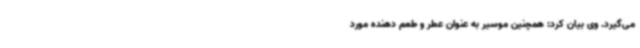
می‌گیرد. وی بیان کرد: همچنین موسیر به عنوان عطر و طعم دهنده مورد